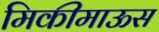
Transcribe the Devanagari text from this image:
मिकीमाऊस